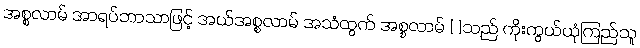
အစ္စလာမ် အာရပ်ဘာသာဖြင့် အယ်အစ္စလာမ် အသံထွက် အစ္စလာမ် [ ]သည် ကိုးကွယ်ယုံကြည်သူ